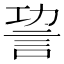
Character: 𧦪